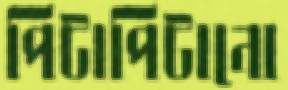
পিটাপিটানো